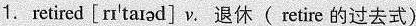
1. retired [rɪˈtaɪərd] ν.退休( retire 的过去式)